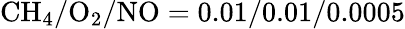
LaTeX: \mathrm{CH_{4}}/\mathrm{O_{2}}/\mathrm{NO}=0.01/0.01/0.0005